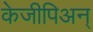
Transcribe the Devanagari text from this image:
केजीपिअन्